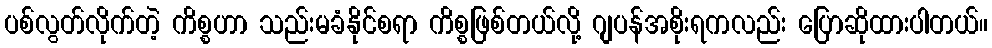
ပစ်လွတ်လိုက်တဲ့ ကိစ္စဟာ သည်းမခံနိုင်စရာ ကိစ္စဖြစ်တယ်လို့ ဂျပန်အစိုးရကလည်း ပြောဆိုထားပါတယ်။